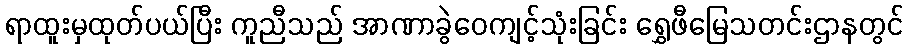
ရာထူးမှထုတ်ပယ်ပြီး ကူညီသည် အာဏာခွဲဝေကျင့်သုံးခြင်း ရွှေဖီမြေသတင်းဌာနတွင်